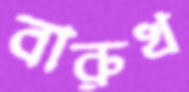
বারুখ